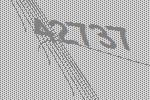
42737